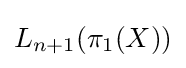
{\mathcal {}}L_{n+1}(\pi _{1}(X))